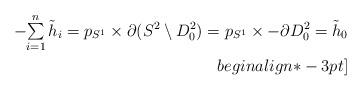
LaTeX: \begin{align*}-{\textstyle{\sum\limits_{i=1}^n \tilde{h}_i}}= p_{S^1} \times \partial(S^2 \setminus D^2_0) = p_{S^1} \times -\partial D^2_0= \tilde{h}_0\\begin{align*}-3pt]\end{align*}